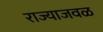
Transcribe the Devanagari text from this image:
राज्याजवळ